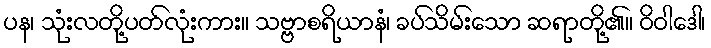
ပန၊ သုံးလတို့ပတ်လုံးကား။ သဗ္ဗာစရိယာနံ၊ ခပ်သိမ်းသော ဆရာတို့၏။ ဝိဝါဒေါ၊